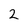
Character: 2